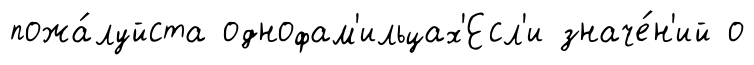
пожа́луйста однофам'ильцах'Есл'и значе́н'ий о